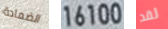
الضمادة 16100 لقد